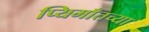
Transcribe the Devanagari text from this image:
प्यिमाँतच्या